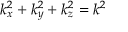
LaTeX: k _ { x } ^ { 2 } + k _ { y } ^ { 2 } + k _ { z } ^ { 2 } = k ^ { 2 }